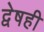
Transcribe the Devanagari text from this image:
द्वेषही